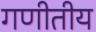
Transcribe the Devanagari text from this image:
गणीतीय